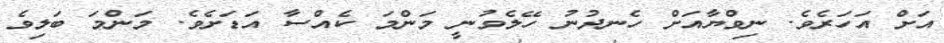
އަށް އަހަރެވެ. ނިވްޔާއަށް ހެނދުނު ހޭލެވުނީ މަންމަ ކެއްސާ އަޑަށެވެ. މަންމަ ބަލިވެ